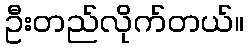
ဦးတည်လိုက်တယ်။